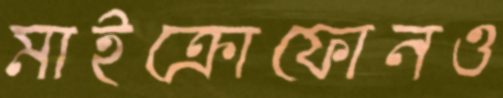
মাইক্রোফোনও